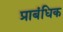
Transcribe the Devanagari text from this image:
प्राबंधिक